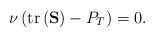
LaTeX: \begin{align*}\nu\left(\mathrm{tr}\left(\mathbf{S}\right)-P_T\right)=0.\end{align*}